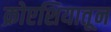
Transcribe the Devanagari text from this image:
क्रोएशियातून